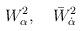
LaTeX: \begin{align*}W_\alpha^2,\quad \bar W_{\dot\alpha}^2\end{align*}